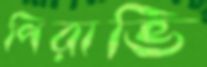
পিরাভি